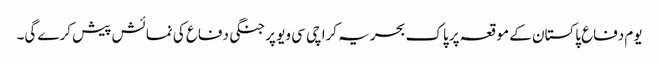
یوم دفاع پاکستان کے موقعہ پر پاک بحریہ کراچی سی ویو پر جنگی دفاع کی نمائش پیش کرے گی۔